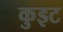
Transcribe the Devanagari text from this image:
कुइट